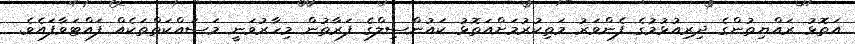
އަތޮޅު ރައްޔިތުންގެ ދިރިއުޅުމުގެ ފެންވަރު މަތިކުރުމަށްއަތޮޅު ކައުންސިލްގެ ފަރާތުން މިހާރުވަނީ މަސައްކަތްތަކެއް ފައްޓަވާފައެވެ.